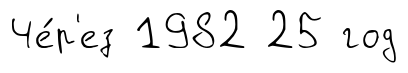
Че́р'ез 1982 25 год